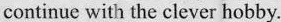
continue with the clever hobby.